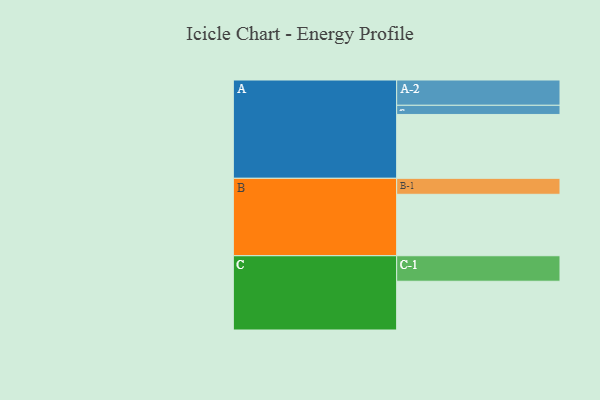
{"axis": {"x": "Segment", "y": "Value"}, "legend": ["", "A", "B", "C"], "data": [{"x": "A", "y": 563, "type": ""}, {"x": "B", "y": 542, "type": ""}, {"x": "C", "y": 430, "type": ""}, {"x": "A-1", "y": 81, "type": "A"}, {"x": "A-2", "y": 223, "type": "A"}, {"x": "B-1", "y": 141, "type": "B"}, {"x": "C-1", "y": 225, "type": "C"}]}